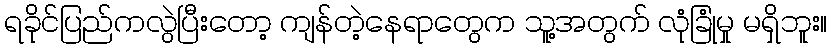
ရခိုင်ပြည်ကလွဲပြီးတော့ ကျန်တဲ့နေရာတွေက သူ့အတွက် လုံခြုံမှု မရှိဘူး။